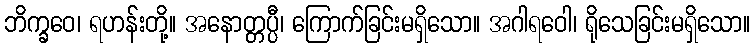
ဘိက္ခဝေ၊ ရဟန်းတို့။ အနောတ္တပ္ပီ၊ ကြောက်ခြင်းမရှိသော။ အဂါရဝေါ၊ ရိုသေခြင်းမရှိသော။